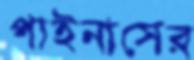
পাইনাসের